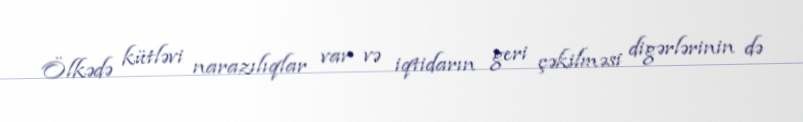
Ölkədə kütləvi narazılıqlar var və iqtidarın geri çəkilməsi digərlərinin də